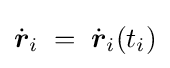
\displaystyle {\dot {\boldsymbol {r}}}_{i}\;=\;{\dot {\boldsymbol {r}}}_{i}(t_{i})